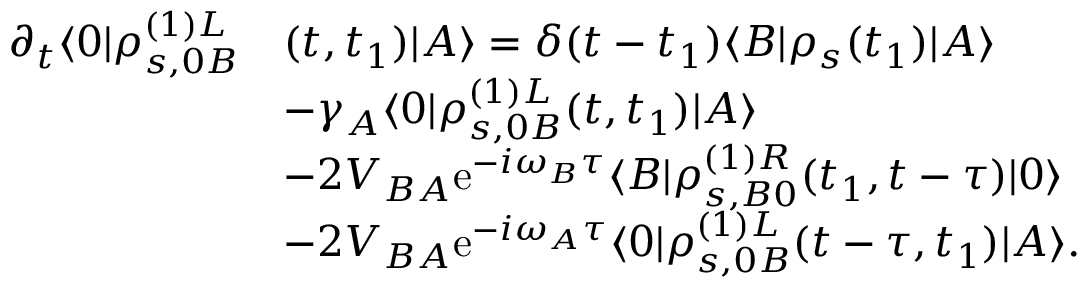
\begin{array} { r l } { \partial _ { t } \langle 0 | \rho _ { s , 0 B } ^ { ( 1 ) L } } & { ( t , t _ { 1 } ) | A \rangle = \delta ( t - t _ { 1 } ) \langle B | \rho _ { s } ( t _ { 1 } ) | A \rangle } \\ & { - \gamma _ { A } \langle 0 | \rho _ { s , 0 B } ^ { ( 1 ) L } ( t , t _ { 1 } ) | A \rangle } \\ & { - 2 V _ { B A } \mathrm { e } ^ { - i \omega _ { B } \tau } \langle B | \rho _ { s , B 0 } ^ { ( 1 ) R } ( t _ { 1 } , t - \tau ) | 0 \rangle } \\ & { - 2 V _ { B A } \mathrm { e } ^ { - i \omega _ { A } \tau } \langle 0 | \rho _ { s , 0 B } ^ { ( 1 ) L } ( t - \tau , t _ { 1 } ) | A \rangle . } \end{array}